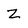
Character: z